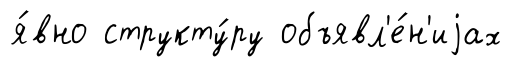
я́вно структу́ру объявл'е́н'иjах